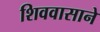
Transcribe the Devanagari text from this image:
शिववासाने